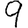
Digit: 9